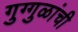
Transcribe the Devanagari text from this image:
गुग्गुळांची